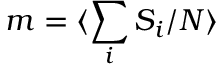
m = \langle \sum _ { i } S _ { i } / N \rangle